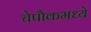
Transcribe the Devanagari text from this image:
चेपौकमध्ये